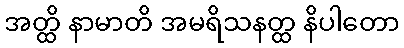
အတ္ထိ နာမာတိ အမရိသနတ္ထ နိပါတော